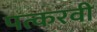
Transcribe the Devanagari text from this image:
पत्करवी